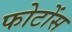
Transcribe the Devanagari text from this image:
फोटोंस